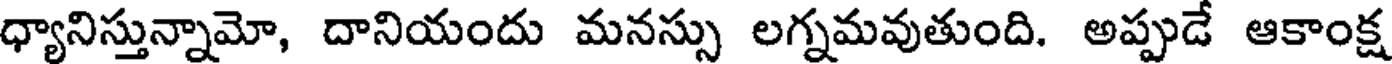
ధ్యానిస్తున్నామో, దానియందు మనస్సు లగ్నమవుతుంది. అప్పుడే ఆకాంక్ష